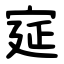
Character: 㝚